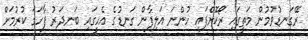
ރޭގަނޑުވުމުން މަތީގައި ރޯކޮށްފައި ހުންނަ އަލިފާން ގަނޑުގެ އެހީގައި ބަނދަރު ފާހަގަ ކުރުމަށް